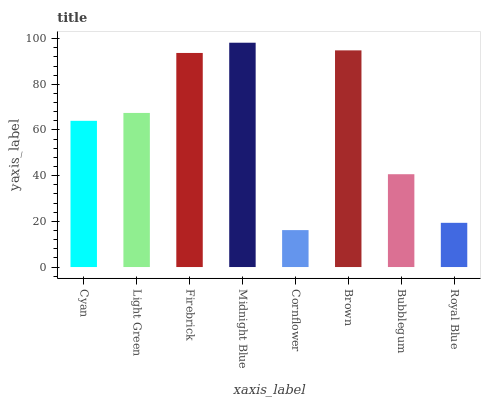
| xaxis_label | bars |
 | --- | --- |
 | Cyan | 64 |
 | Light Green | 67.5 |
 | Firebrick | 93.7 |
 | Midnight Blue | 98.2 |
 | Cornflower | 16.2 |
 | Brown | 94.9 |
 | Bubblegum | 40.6 |
 | Royal Blue | 19.4 |